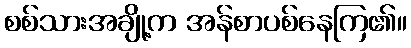
စစ်သားအချို့က အန်စာပစ်နေကြ၏။